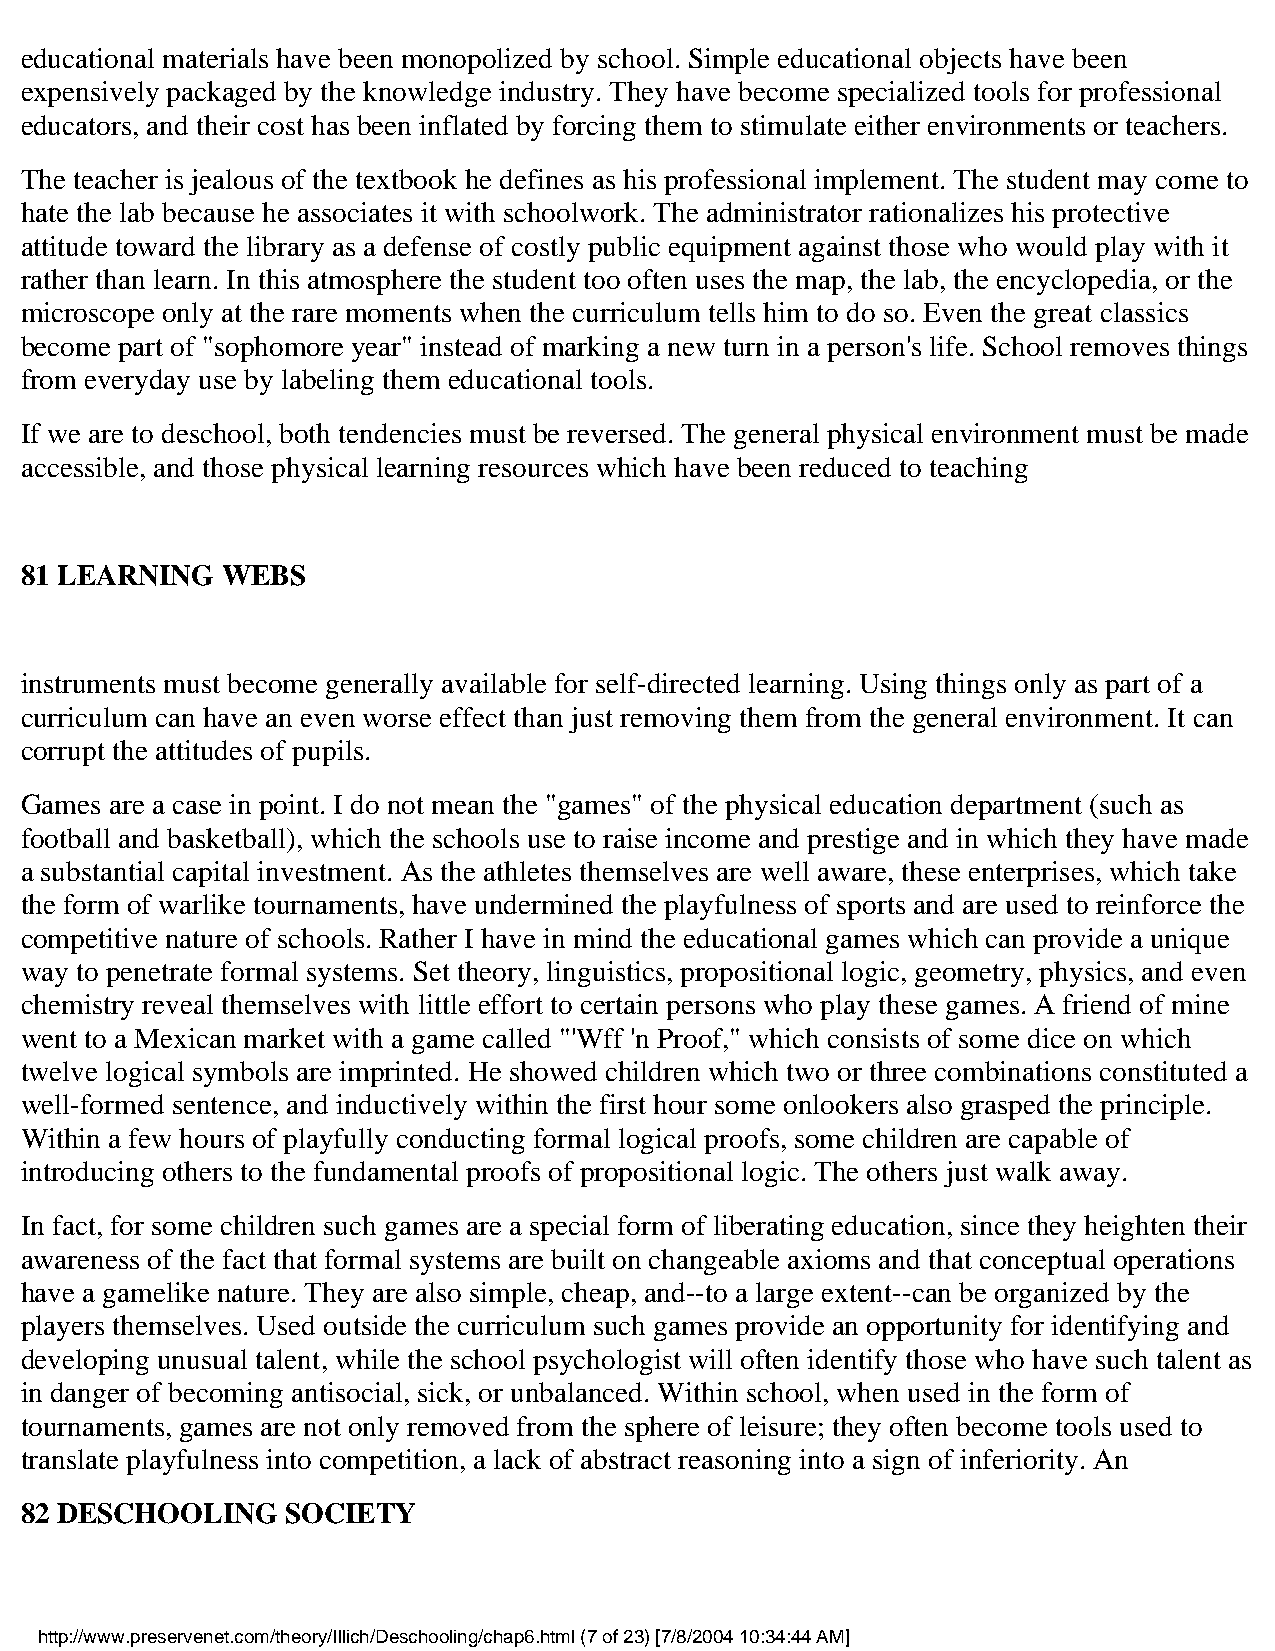
educational materials have been monopolized by school. Simple educational objects have been
 expensively packaged by the knowledge industry. They have become specialized tools for professional
 educators, and their cost has been inflated by forcing them to stimulate either environments or teachers.
 The teacher is jealous of the textbook he defines as his professional implement. The student may come to
 hate the lab because he associates it with schoolwork. The administrator rationalizes his protective
 attitude toward the library as a defense of costly public equipment against those who would play with it
 rather than learn. In this atmosphere the student too often uses the map, the lab, the encyclopedia, or the
 microscope only at the rare moments when the curriculum tells him to do so. Even the great classics
 become part of "sophomore year" instead of marking a new turn in a person's life. School removes things
 from everyday use by labeling them educational tools.
 If we are to deschool, both tendencies must be reversed. The general physical environment must be made
 accessible, and those physical learning resources which have been reduced to teaching
 81 LEARNING   WEBS
 instruments must become generally available for self-directed learning. Using things only as part of a
 curriculum can have an even worse effect than just removing them from the general environment. It can
 corrupt the attitudes of pupils.
 Games are a case in point. I do not mean the "games" of the physical education department (such as
 football and basketball), which the schools use to raise income and prestige and in which they have made
 a substantial capital investment. As the athletes themselves are well aware, these enterprises, which take
 the form of warlike tournaments, have undermined the playfulness of sports and are used to reinforce the
 competitive nature of schools. Rather I have in mind the educational games which can provide a unique
 way to penetrate formal systems. Set theory, linguistics, propositional logic, geometry, physics, and even
 chemistry reveal themselves with little effort to certain persons who play these games. A friend of mine
 went to a Mexican market with a game called "'Wff 'n Proof," which consists of some dice on which
 twelve logical symbols are imprinted. He showed children which two or three combinations constituted a
 well-formed sentence, and inductively within the first hour some onlookers also grasped the principle.
 Within a few hours of playfully conducting formal logical proofs, some children are capable of
 introducing others to the fundamental proofs of propositional logic. The others just walk away.
 In fact, for some children such games are a special form of liberating education, since they heighten their
 awareness of the fact that formal systems are built on changeable axioms and that conceptual operations
 have a gamelike nature. They are also simple, cheap, and--to a large extent--can be organized by the
 players themselves. Used outside the curriculum such games provide an opportunity for identifying and
 developing unusual talent, while the school psychologist will often identify those who have such talent as
 in danger of becoming antisocial, sick, or unbalanced. Within school, when used in the form of
 tournaments, games are not only removed from the sphere of leisure; they often become tools used to
 translate playfulness into competition, a lack of abstract reasoning into a sign of inferiority. An
 82 DESCHOOLING    SOCIETY
 http://www.preservenet.com/theory/Illich/Deschooling/chap6.html (7 of 23) [7/8/2004 10:34:44 AM]